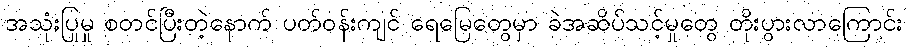
အသုံးပြုမှု စတင်ပြီးတဲ့နောက် ပတ်ဝန်းကျင် ရေမြေတွေမှာ ခဲအဆိပ်သင့်မှုတွေ တိုးပွားလာကြောင်း